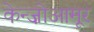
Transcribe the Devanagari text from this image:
केन्ज़ोआमूर